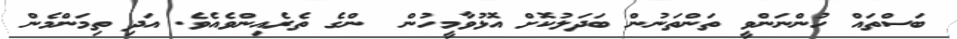
ބަސްތައް ހުންނަންވީ ތަންތަނުން ބަދަލުކޮށް އޮޅުވާމީހުން  ންގެ ތެރެއިންވެއެވެ. އަދި ތިމަންމެން